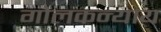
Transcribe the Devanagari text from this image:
गोलकन्याय